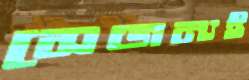
সেজন্যই